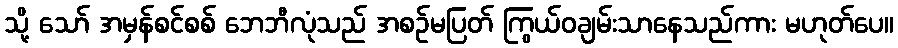
သို့ သော် အမှန်စင်စစ် ဘေဘီလုံသည် အစဉ်မပြတ် ကြွယ်ဝချမ်းသာနေသည်ကား မဟုတ်ပေ။